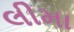
લીમા